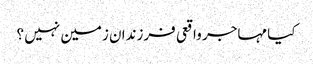
کیا مہاجر واقعی فرزندان زمین نہیں ؟